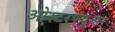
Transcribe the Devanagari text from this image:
ओस्टरफ्यूअर